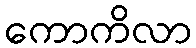
ကောကိလာ